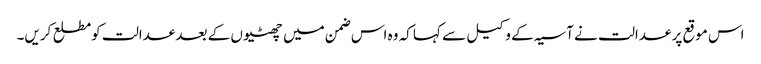
اس موقع پر عدالت نے آسیہ کے وکیل سے کہا کہ وہ اس ضمن میں چھٹیوں کے بعد عدالت کومطلع کریں۔